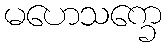
မဟေသက္ခေ